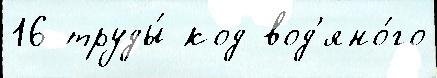
16 труды́ код вод'яно́го